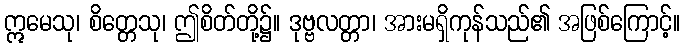
ဣမေသု၊ စိတ္တေသု၊ ဤစိတ်တို့၌။ ဒုဗ္ဗလတ္တာ၊ အားမရှိကုန်သည်၏ အဖြစ်ကြောင့်။